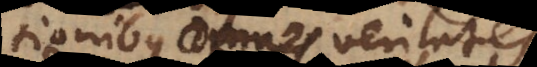
definitionibus omnes veritates